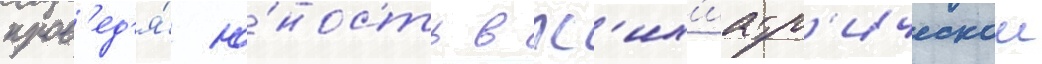
пров'ед'я́ ю́ность в пс'их'иатр'ическои